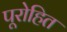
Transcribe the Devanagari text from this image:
पूरोहित